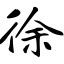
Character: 徐